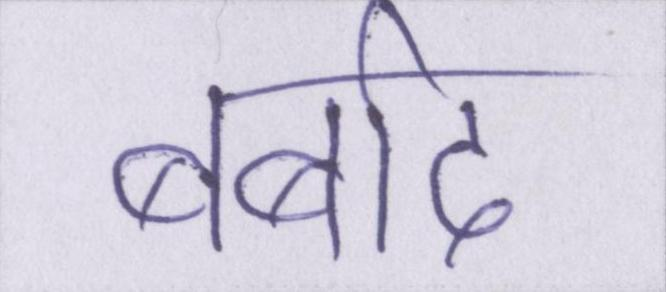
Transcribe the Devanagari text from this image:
बर्बाद